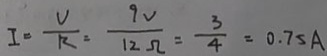
I = \frac { V } { R } = \frac { 9 V } { 1 2 \Omega } = \frac { 3 } { 4 } = 0 . 7 5 A